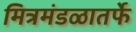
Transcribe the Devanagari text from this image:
मित्रमंडळातर्फे